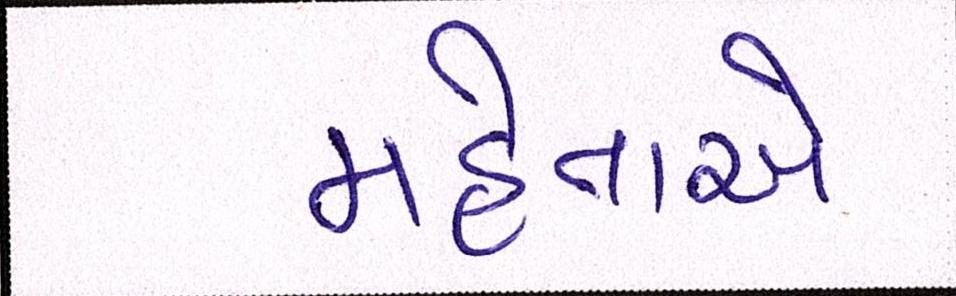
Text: મહેતાએ